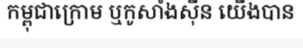
កម្ពុជាក្រោម ឬកូសាំងស៊ីន យើងបាន